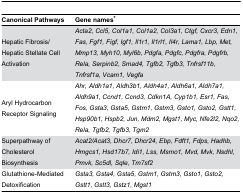
<table><thead><tr><td><b>Canonical Pathways</b></td><td><b>Gene names*</b></td></tr></thead><tbody><tr><td>Hepatic Fibrosis/Hepatic Stellate Cell Activation</td><td><i>Acta2, Ccl5, Col1a1, Col1a2, Col3a1, Ctgf, Cxcr3, Edn1, Fas, Fgf1, Figf, Igf1, Il1r1, Il1rl1, Il4r, Lama1, Lbp, Met, Mmp13, Myh10, Myl6b, Pdgfa, Pdgfc, Pdgfra, Pdgfrb, Rela, Serpinb2, Smad4, Tgfb2, Tgfb3, Tnfrsf11b, Tnfrsf1a, Vcam1, Vegfa</i></td></tr><tr><td>Aryl Hydrocarbon Receptor Signaling </td><td><i>Ahr, Aldh1a1, Aldh3b1, Aldh4a1, Aldh6a1, Aldh7a1, Aldh9a1, Ccnd1, Ccnd3, Cdkn1A, Cyp1b1, Esr1, Fas, Fos, Gsta3, Gsta5, Gstm1, Gstm3, Gsto1, Gsto2, Gstt1, Hsp90b1, Hspb2, Jun, Mdm2, Mgst1, Myc, Nfe2l2, Nqo2, Rela, Tgfb2, Tgfb3, Tgm2</i></td></tr><tr><td>Superpathway of Cholesterol Biosynthesis</td><td><i>Acat2/Acat3, Dhcr7, Dhcr24, Ebp, Fdft1, Fdps, Hadhb, Hmgcs1, Hsd17b7, Idi1, Lss, Msmo1, Mvd, Mvk, Nsdhl, Pmvk, Sc5dl, Sqle, Tm7sf2</i></td></tr><tr><td>Glutathione-Mediated Detoxification</td><td><i>Gsta3, Gsta4, Gsta5, Gstm1, Gstm3, Gsto1, Gsto2, Gstt1, Gstt3, Gstz1, Mgst1</i></td></tr></tbody></table>